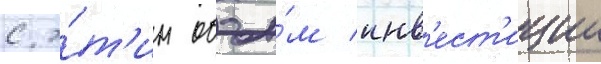
с э́т'им объе́м инв'ест'иции